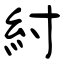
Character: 紂